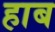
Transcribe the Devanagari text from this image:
हाब